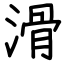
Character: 滑